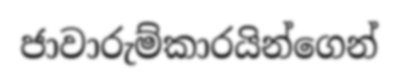
ජාවාරුම්කාරයින්ගෙන්